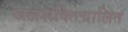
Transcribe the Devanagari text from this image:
जलशक्तिचालित